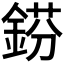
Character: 𨧼